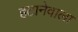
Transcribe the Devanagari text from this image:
हटानेवाला